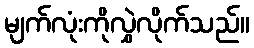
မျက်လုံးကိုလွှဲလိုက်သည်။